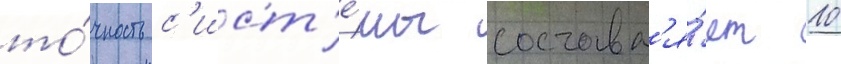
то́чность с'ист'е́мы составл'я́ет 10